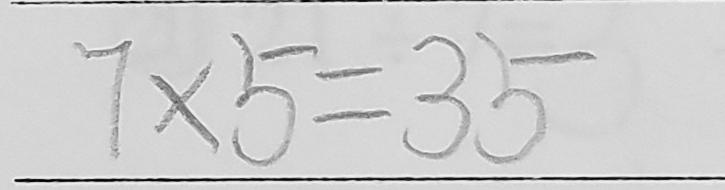
7 \times 5 = 3 5